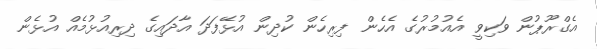
އެގްރޫޕުން ވަކިވީ އެއުމުރުގެ އެހެން ފިރިހެން ކުދިން އުޅޭފަދަ އާދައިގެ ދިރިއުޅުމެއް އުޅެން